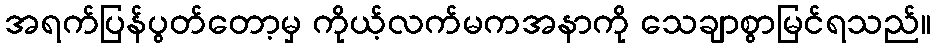
အရက်ပြန်ပွတ်တော့မှ ကိုယ့်လက်မကအနာကို သေချာစွာမြင်ရသည်။